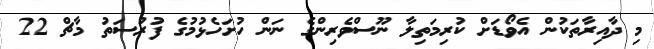
މި ދާއިރާތަކުން އެވޯޑަށް ކުރިމަތިލާ ނޫސްވެރިންގެ ނަން ހުށަހެޅުމުގެ ފުރުސަތު މާޗް 22